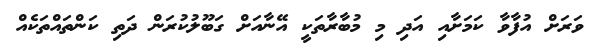
ވަރަށް އުފާވާ ކަމަށާއި އަދި މި މުބާރާތަކީ އޭނާއަށް ގަބޫލުކުރަން ދަތި ކަންތައްތަކެއް